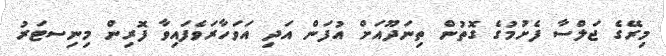
މިރޭގެ ޖަލްސާ ފެށުމުގެ ގޮތުން ތިނަދޫއަށް އުފަން އަދި އަވަހާރަވެފައިވާ ފޮރިން މިނިސޓަރު